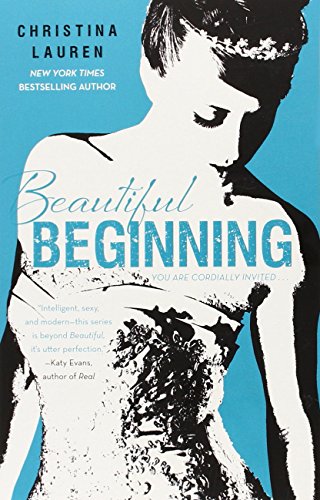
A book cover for Beautiful Beginning (The Beautiful Series); Christina Lauren; Romance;